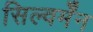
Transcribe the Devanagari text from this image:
सिल्वर्मेंन